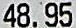
48.95